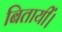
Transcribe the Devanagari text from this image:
बितायीं।